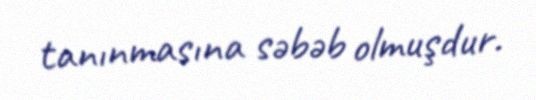
tanınmasına səbəb olmuşdur.